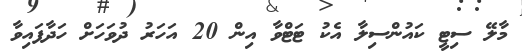
މާލޭ ސިޓީ ކައުންސިލާ އެކު ޓަޓްވާ އިން 20 އަހަރު ދުވަހަށް ހަދާފައިވާ